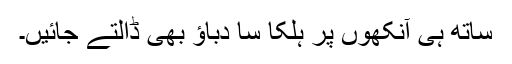
ساتھ ہی آنکھوں پر ہلکا سا دباؤ بھی ڈالتے جائیں۔